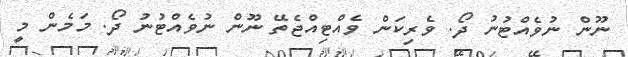
ނޫން ނުވެއްޓުނު ދޯ. ވެރިކަން ވެއްޓިއްޖެތޭ ނޫން ނުވެއްޓުނު ދޯ. މަމެން މީ